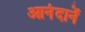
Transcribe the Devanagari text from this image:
आनंदानें